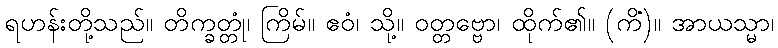
ရဟန်းတို့သည်။ တိက္ခတ္တုံ၊ ကြိမ်။ ဧဝံ၊ သို့။ ဝတ္တဗ္ဗော၊ ထိုက်၏။ (ကိံ)။ အာယသ္မာ၊